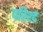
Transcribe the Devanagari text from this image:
परिश्द